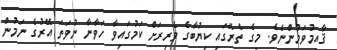
ޤާއިމުވަމުންނެވެ. މީގެ ތެރޭގައި ކިޔުބާގެ ވެރިރަށް ކަމުގައިވާ ހަވާނާ ނުވަތަ އޭރުގެ ނަމުން